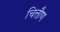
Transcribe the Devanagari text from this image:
चित्तौण